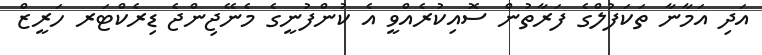
އަދި އަމާނާ ތަކަފުލްގެ ފަރާތުން ސޮއިކުރެއްވީ އެ ކުންފުނީގެ މެނޭޖިންޖެ ޑިރެކްޓަރ ހަރީޒް